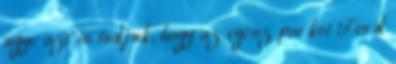
ugye azt is tudjuk, hogy az egész parkot Ford